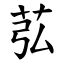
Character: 苰